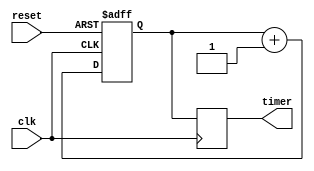
module RTC_Timer (
    input clk,
    input reset,
    output reg [23:0] timer
);

reg [23:0] counter;

always @(posedge clk or posedge reset) begin
    if (reset)
        counter <= 0;
    else
        counter <= counter + 1;
end

always @(posedge clk) begin
    timer <= counter;
end

endmodule